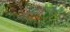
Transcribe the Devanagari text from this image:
बेजबाबदारपणाचे